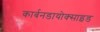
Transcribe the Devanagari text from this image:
कार्बनडायोक्साइड